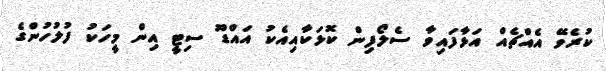
ކުރެވޭ އެއްޗެއް އަޅާފައިވާ ސެލޯފިން ކޮޅަކާއިއެކު އައްޑޫ ސިޓީ އިން މީހަކު ފުލުހުންގެ